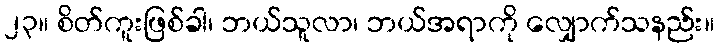
၂၃။ စိတ်ကူးဖြစ်ခါ၊ ဘယ်သူလာ၊ ဘယ်အရာကို လျှောက်သနည်း။